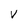
Character: V